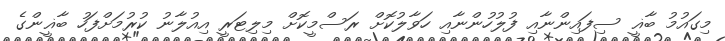
މިގައުމު ބާޣީ ސިފައިންނާއި ފުލުހުންނާއި ހަވާލުކޮށް ރަސްމީކޮށް މިލިޓަރީ އިއުލާނު ކުރުމަށްފަހު ބާޣީންގެ